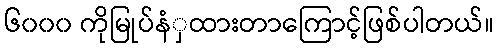
၆၀၀၀ ကိုမြုပ်နံှထားတာကြောင့်ဖြစ်ပါတယ်။